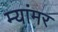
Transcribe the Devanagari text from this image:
म्यांमर